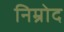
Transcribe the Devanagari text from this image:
निम्रोद